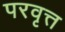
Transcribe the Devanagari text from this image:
परवृत्त